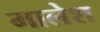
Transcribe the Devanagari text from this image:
मालेश